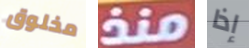
مخلوق منذ إذا